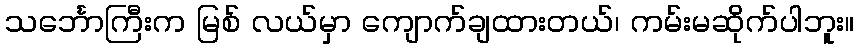
သင်္ဘောကြီးက မြစ် လယ်မှာ ကျောက်ချထားတယ်၊ ကမ်းမဆိုက်ပါဘူး။